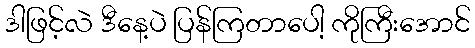
ဒါဖြင့်လဲ ဒီနေ့ပဲ ပြန်ကြတာပေါ့ ကိုကြီးအောင်